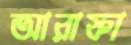
আরাফা